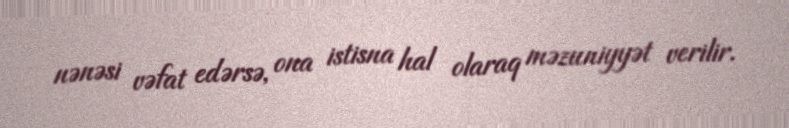
nənəsi vəfat edərsə, ona istisna hal olaraq məzuniyyət verilir.